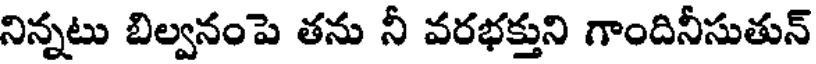
నిన్నటు బిల్వనంపె తను నీ వరభక్తుని గాందినీసుతున్